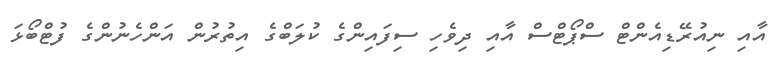
އާއި ނިއުރޭޑިއެންޓް ސްޕޯޓްސް އާއި ދިވެހި ސިފައިންގެ ކުލަބްގެ އިތުރުން އަންހެނުންގެ ފުޓްބޯޅަ